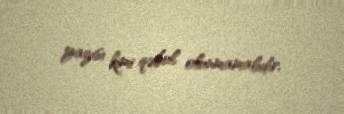
yazısı kimi qəbul olunmamalıdır.